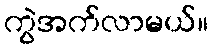
ကွဲအက်လာမယ်။